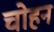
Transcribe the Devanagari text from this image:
चोहन